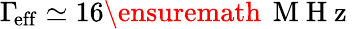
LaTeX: \Gamma\! _{\mathrm{eff}}\simeq 16\ensuremath{\, \mathrm{~M~H~z~}}